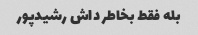
بله فقط بخاطر داش رشیدپور